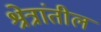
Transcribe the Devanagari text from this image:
श्रेत्रांतील